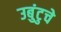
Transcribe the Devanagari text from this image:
उबुंटुचे